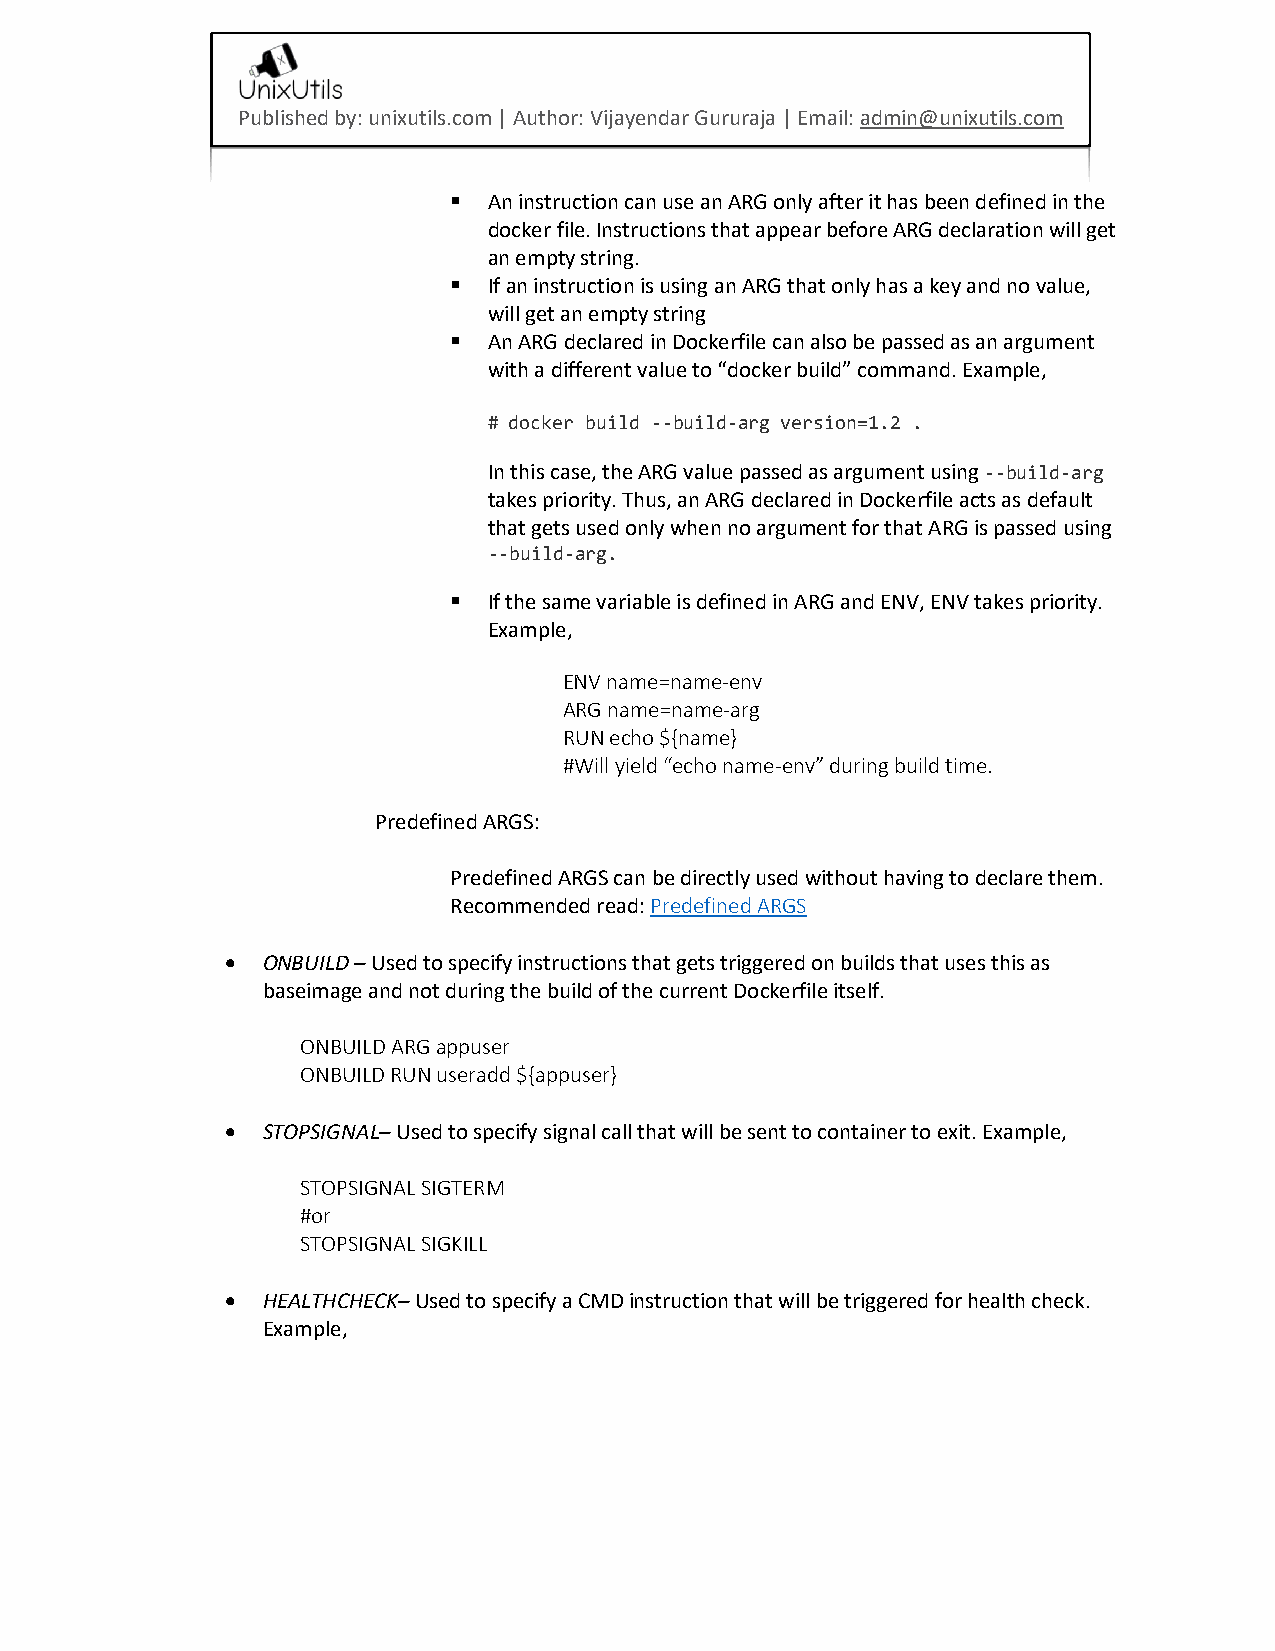
Published by: unixutils.com | Author: Vijayendar Gururaja | Email: admin@unixutils.com
 ▪ An instruction can use an ARG only after it has been defined in the
 docker file. Instructions that appear before ARG declaration will get
 an empty string.
 ▪ If an instruction is using an ARG that only has a key and no value,
 will get an empty string
 ▪ An ARG declared in Dockerfile can also be passed as an argument
 with a different value to “docker build” command. Example,
 # docker build --build-arg version=1.2 .
 In this case, the ARG value passed as argument using --build-arg
 takes priority. Thus, an ARG declared in Dockerfile acts as default
 that gets used only when no argument for that ARG is passed using
 --build-arg.
 ▪ If the same variable is defined in ARG and ENV, ENV takes priority.
 Example,
 ENV name=name-env
 ARG name=name-arg
 RUN echo ${name}
 #Will yield “echo name-env” during build time.
 Predefined ARGS:
 Predefined ARGS can be directly used without having to declare them.
 Recommended read: Predefined ARGS
 • ONBUILD – Used to specify instructions that gets triggered on builds that uses this as
 baseimage and not during the build of the current Dockerfile itself.
 ONBUILD ARG appuser
 ONBUILD RUN useradd ${appuser}
 • STOPSIGNAL– Used to specify signal call that will be sent to container to exit. Example,
 STOPSIGNAL SIGTERM
 #or
 STOPSIGNAL SIGKILL
 • HEALTHCHECK– Used to specify a CMD instruction that will be triggered for health check.
 Example,